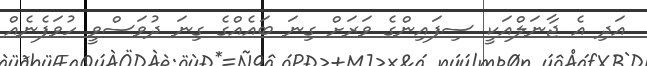
އަދި އެ ޖާނަލްއަކީ ސިފައިންގެ ވަރަށް ގިނަ ބައެއްގެ ގިނަ ދުވަސްވީ ހުވަފެނެއް